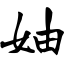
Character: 妯